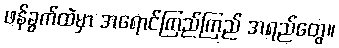
ဖန်ခွက်ထဲမှာ အရောင်ကြည်ကြည် အရည်တွေ။